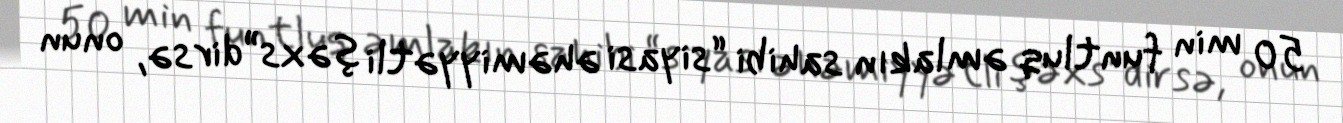
50 min funtluq əmlakın sahibi “siyasi əhəmiyyətli şəxs”dirsə, onun